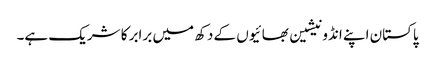
پاکستان اپنے انڈونیشین بھائیوں کے دکھ میں برابر کا شریک ہے۔